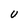
Character: U